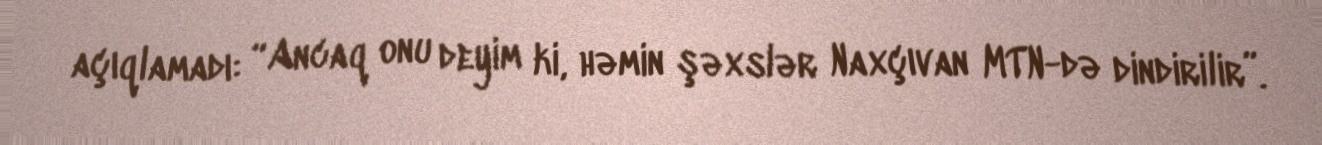
açıqlamadı: “Ancaq onu deyim ki, həmin şəxslər Naxçıvan MTN-də dindirilir”.